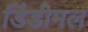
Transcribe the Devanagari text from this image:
डिंडीमल